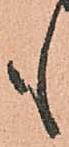
も